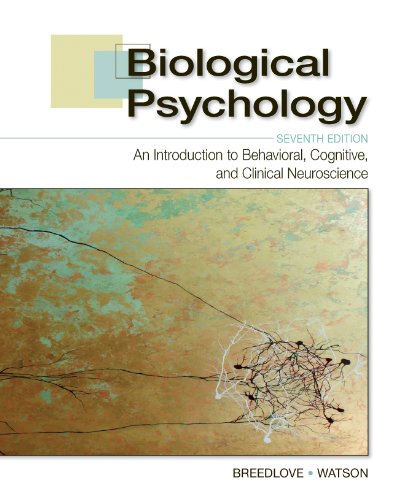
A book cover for Biological Psychology: An Introduction to Behavioral, Cognitive, and Clinical Neuroscience, Seventh Edition; S. Marc Breedlove; Science & Math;